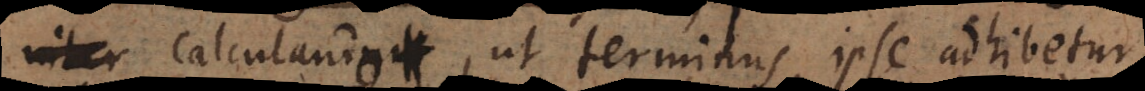
in calculando, ut terminus ipse adhibetur